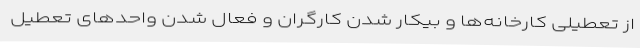
از تعطیلی کارخانه‌ها و بیکار شدن کارگران و فعال شدن واحدهای تعطیل